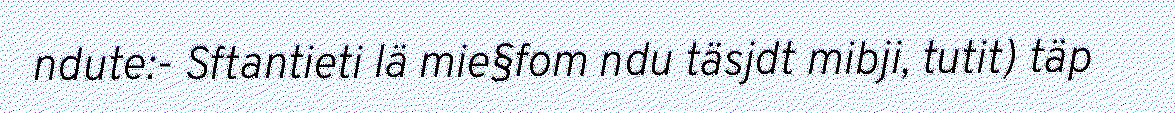
ndute:- Sftantieti lä mie§fom ndu täsjdt mibji, tutit) täp